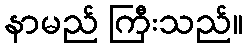
နာမည် ကြီးသည်။